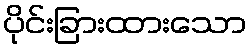
ပိုင်းခြားထားသော